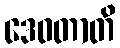
ဒေဝတာတိ